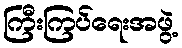
ကြီးကြပ်ရေးအဖွဲ့